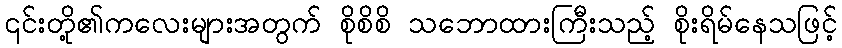
၎င်းတို့၏ကလေးများအတွက် စိုစိစိ သဘောထားကြီးသည့် စိုးရိမ်နေသဖြင့်